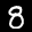
Label: 8